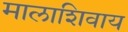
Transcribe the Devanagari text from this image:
मालाशिवाय